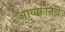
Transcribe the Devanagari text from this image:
आयफोनचे